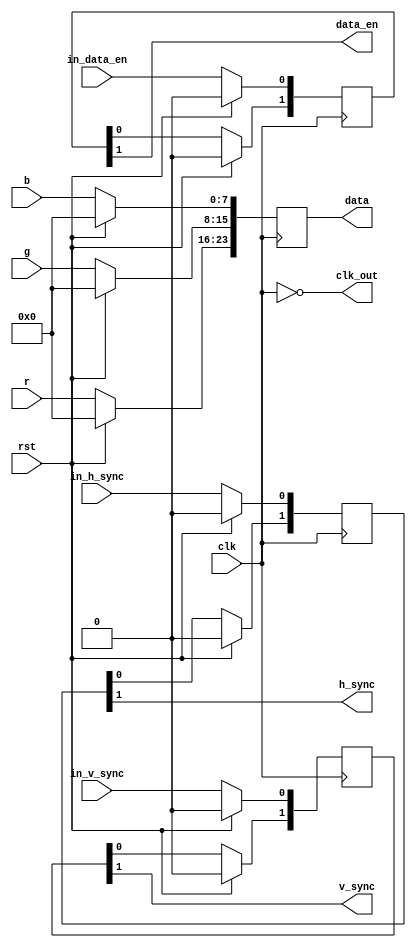
module hdmi_signal(
  input clk,
  input rst,

  /*current pixel colour input*/
  input [7:0] r,
  input [7:0] g,
  input [7:0] b,

  /*input signals from hdmi control*/
  input in_h_sync,
  input in_v_sync,
  input in_data_en,

  /*would-be hdmi output for the next module*/
  output [23:0] data,
  output h_sync,
  output v_sync,
  output clk_out,
  output data_en

);

reg [23:0] r_data;

/*need two shifted bits to account for delay*/
reg [1:0] r_h_sync;
reg [1:0] r_v_sync;
reg [1:0] r_data_en;

always @(posedge(clk))
begin
  if(rst)
  begin
    r_data    = 0;
    r_h_sync  = 0;
    r_v_sync  = 0;
    r_data_en = 0;
  end

  else
  begin
    /*assigning colours*/
    r_data[23:16] = r;
    r_data[15: 8] = g;
    r_data[ 7: 0] = b;

    /*shifting last cycle's data up to be output'd*/
    r_data_en = r_data_en << 1;
    r_h_sync  = r_h_sync << 1;
    r_v_sync  = r_v_sync << 1;

    /*buffering other input values for synchronisation*/
    r_data_en[0] = in_data_en;
    r_h_sync[0]  = in_h_sync;
    r_v_sync[0]  = in_v_sync;
  end
end

assign data    = r_data;
assign h_sync  = r_h_sync[1];
assign v_sync  = r_v_sync[1];
assign data_en = r_data_en[1];
assign clk_out = !clk;

endmodule